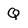
Character: Q